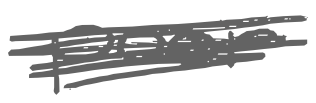
Text: poor
Cross-out: mix
Writing tool: digital_gray